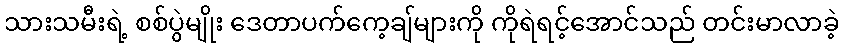
သားသမီးရဲ့ စစ်ပွဲမျိုး ဒေတာပက်ကေ့ချ်များကို ကိုရဲရင့်အောင်သည် တင်းမာလာခဲ့